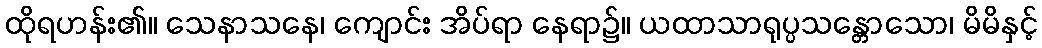
ထိုရဟန်း၏။ သေနာသနေ၊ ကျောင်း အိပ်ရာ နေရာ၌။ ယထာသာရုပ္ပသန္တောသော၊ မိမိနှင့်